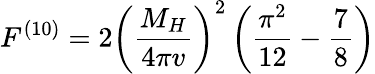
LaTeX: F^{(10)}=2{\left(\frac{M_{H}}{4\pi v}\right)}^{2}\left(\frac{\pi^{2}}{12}-\frac{7}{8}\right)